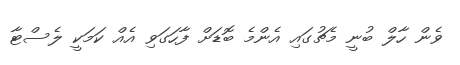
ވެން ހާލް ބުނީ މެޗުގައި އެންމެ ބޮޑަށް ފާހަގަވި އެއް ކަމަކީ ލެސްޓާ